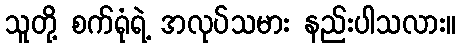
သူတို့ စက်ရုံရဲ့ အလုပ်သမား နည်းပါသလား။